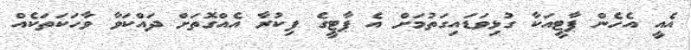
އެއީ އެހެން ޕާޓީއަކާ ގުޅިވަޑައިގަތުމަށް އެ ޕާޓީގެ ފިކުރާ އެއްގޮތަށް ދައްކަވާ ވާހަކަތަކެއް